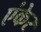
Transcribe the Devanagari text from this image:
एंकेर